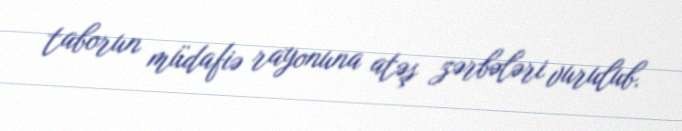
taborun müdafiə rayonuna atəş zərbələri vurulub.